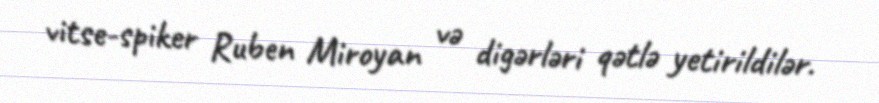
vitse-spiker Ruben Miroyan və digərləri qətlə yetirildilər.